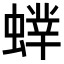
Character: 𧎲